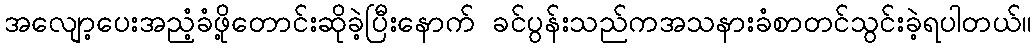
အလျော့ပေးအညံ့ခံဖို့တောင်းဆိုခဲ့ပြီးနောက် ခင်ပွန်းသည်ကအသနားခံစာတင်သွင်းခဲ့ရပါတယ်။